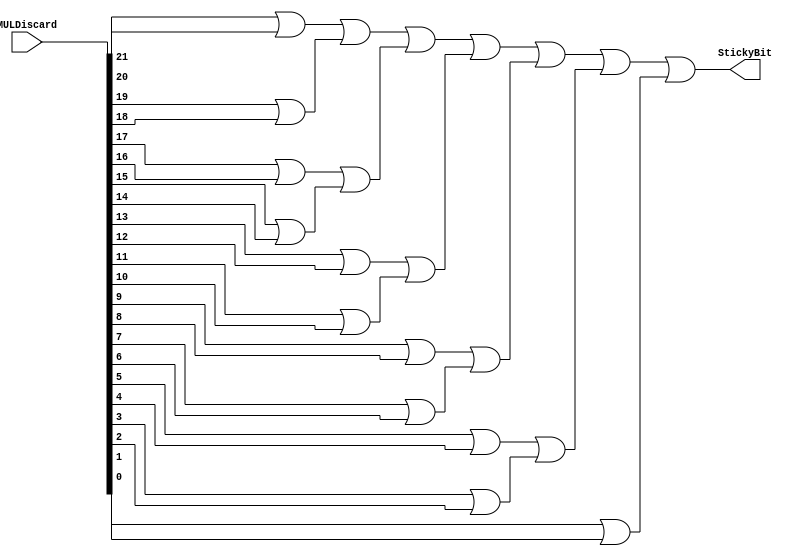
`timescale 1ns / 1ps
//////////////////////////////////////////////////////////////////////////////////
// Company: 
// Engineer: 
// 
// Design Name: 
// Module Name:    getMULSticky 
// Project Name: 
// Target Devices: 
// Tool versions: 
// Description: 
//
// Dependencies: 
//
// Revision: 
// Revision 0.01 - File Created
// Additional Comments: 
//
//////////////////////////////////////////////////////////////////////////////////
module getMULSticky( MULDiscard , StickyBit
    );
	 
	 input [ 22 : 1 ]  MULDiscard ;
	 output StickyBit ;
	 
	 assign StickyBit = ( ( MULDiscard[22] | MULDiscard[21] ) | ( MULDiscard[20] | MULDiscard[19] ) ) 
							| ( ( MULDiscard[18] | MULDiscard[17] ) | ( MULDiscard[16] | MULDiscard[15] ) )
							| ( ( MULDiscard[14] | MULDiscard[13] ) | ( MULDiscard[12] | MULDiscard[11] ) )
							| ( ( MULDiscard[10] |  MULDiscard[9] ) | ( MULDiscard[8]  | MULDiscard[7]  ) )
							| ( ( MULDiscard[6]  |  MULDiscard[5] ) | ( MULDiscard[4]  | MULDiscard[3]  ) )
							| ( ( MULDiscard[2]  |  MULDiscard[1] ) ) ;
endmodule